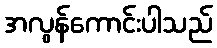
အလွန်ကောင်းပါသည်